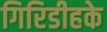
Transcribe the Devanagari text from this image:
गिरिडीहके